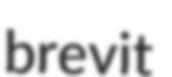
brevit